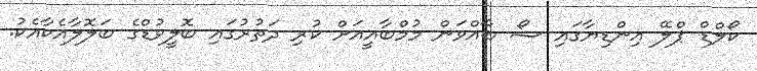
ކޯލްޑް ޕްލޭ އިންޑިޔާގައި ޝޯ ބާއްވަން މުމްބާއީއަށް ކުރި ދަތުރުގައި ބޮލީވުޑްގެ ބަލޮލާއެކާއެކު.